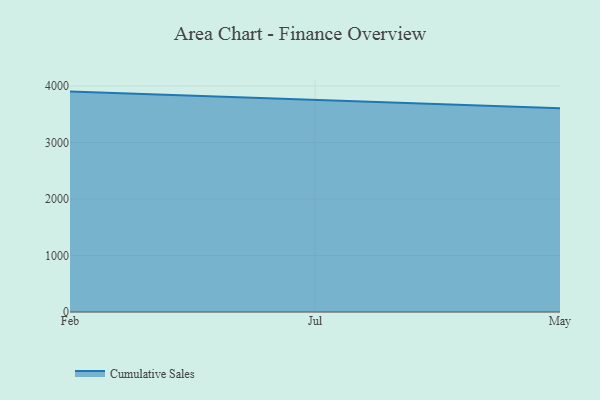
{"axis": {"x": "Month", "y": "Latency (ms)"}, "legend": ["Cumulative Sales"], "data": [{"x": "Feb", "y": 3900.1, "type": "Cumulative Sales"}, {"x": "Jul", "y": 3752.5, "type": "Cumulative Sales"}, {"x": "May", "y": 3604.8, "type": "Cumulative Sales"}]}